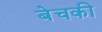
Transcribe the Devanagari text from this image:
बेचकी